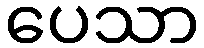
ပေသာ